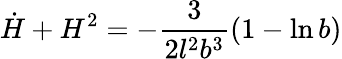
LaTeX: \dot{H}+H^{2}=-\frac{3}{2l^{2}b^{3}}(1-\ln b)